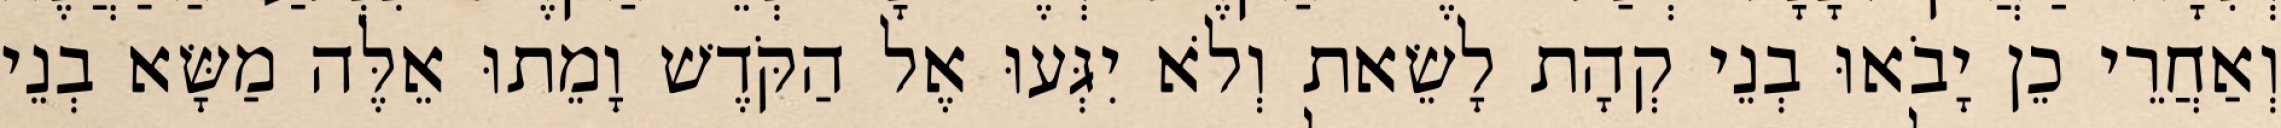
וְאַחֲרֵי כֵן יָבֹאוּ בְנֵי קְהָת לָשֵׂאת וְלֹא יִגְּעוּ אֶל הַקֹּדֶשׁ וָמֵתוּ אֵלֶּה מַשָּׂא בְנֵי